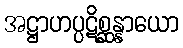
အဋ္ဌာဟပ္ပဋိစ္ဆန္နာယော